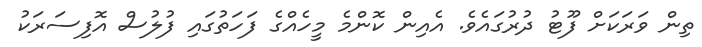
ތިން ވަރަކަށް ފޫޓު ދުރުގައެވެ. އެއިން ކޮންމެ މީހެއްގެ ފަހަތުގައި ފުލުސް އޮފިސަރަކު